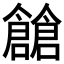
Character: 𠑐